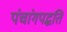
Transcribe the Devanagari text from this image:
पंचांगपद्धति